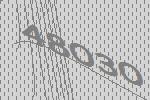
48030